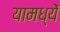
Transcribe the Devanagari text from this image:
यामध्यें